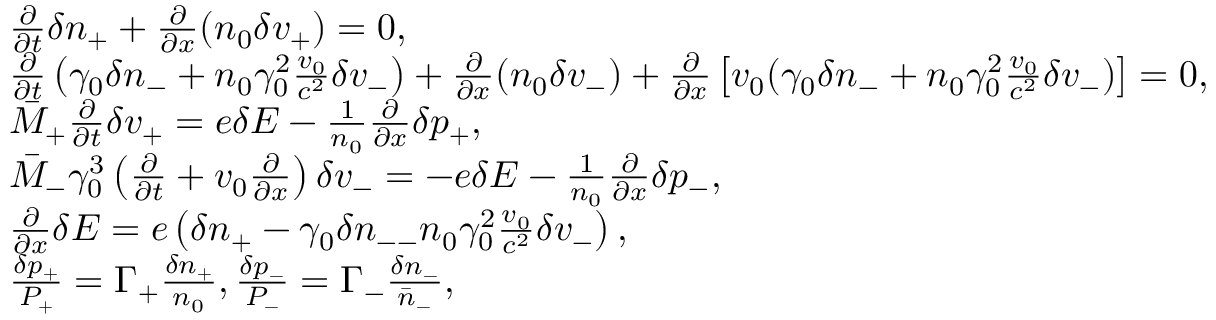
\begin{array} { r l } & { \frac { \partial } { \partial t } \delta n _ { + } + \frac { \partial } { \partial x } ( n _ { 0 } \delta v _ { + } ) = 0 , } \\ & { \frac { \partial } { \partial t } \left( \gamma _ { 0 } \delta n _ { - } + n _ { 0 } \gamma _ { 0 } ^ { 2 } \frac { v _ { 0 } } { c ^ { 2 } } \delta v _ { - } \right) + \frac { \partial } { \partial x } ( n _ { 0 } \delta v _ { - } ) + \frac { \partial } { \partial x } \left[ v _ { 0 } ( \gamma _ { 0 } \delta n _ { - } + n _ { 0 } \gamma _ { 0 } ^ { 2 } \frac { v _ { 0 } } { c ^ { 2 } } \delta v _ { - } ) \right] = 0 , } \\ & { \bar { M } _ { + } \frac { \partial } { \partial t } \delta v _ { + } = e \delta E - \frac { 1 } { n _ { 0 } } \frac { \partial } { \partial x } \delta p _ { + } , } \\ & { \bar { M } _ { - } \gamma _ { 0 } ^ { 3 } \left( \frac { \partial } { \partial t } + v _ { 0 } \frac { \partial } { \partial x } \right) \delta v _ { - } = - e \delta E - \frac { 1 } { n _ { 0 } } \frac { \partial } { \partial x } \delta p _ { - } , } \\ & { \frac { \partial } { \partial x } \delta E = e \left( \delta n _ { + } - \gamma _ { 0 } \delta n _ { -- } n _ { 0 } \gamma _ { 0 } ^ { 2 } \frac { v _ { 0 } } { c ^ { 2 } } \delta v _ { - } \right) , } \\ & { \frac { \delta p _ { + } } { P _ { + } } = \Gamma _ { + } \frac { \delta n _ { + } } { n _ { 0 } } , \frac { \delta p _ { - } } { P _ { - } } = \Gamma _ { - } \frac { \delta n _ { - } } { \bar { n } _ { - } } , } \end{array}